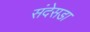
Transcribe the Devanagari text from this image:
संदेसडा